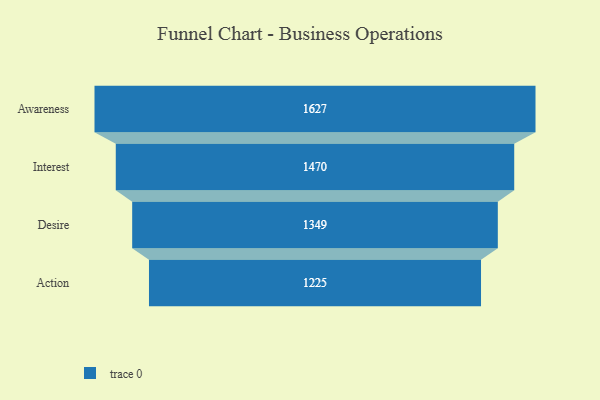
{"axis": {"x": "Stage", "y": "Value"}, "legend": [""], "data": [{"x": "Awareness", "y": 1627.0, "type": ""}, {"x": "Interest", "y": 1470.0, "type": ""}, {"x": "Desire", "y": 1349.0, "type": ""}, {"x": "Action", "y": 1225.0, "type": ""}]}